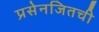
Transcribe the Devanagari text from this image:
प्रसेनजितची